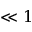
\ll 1